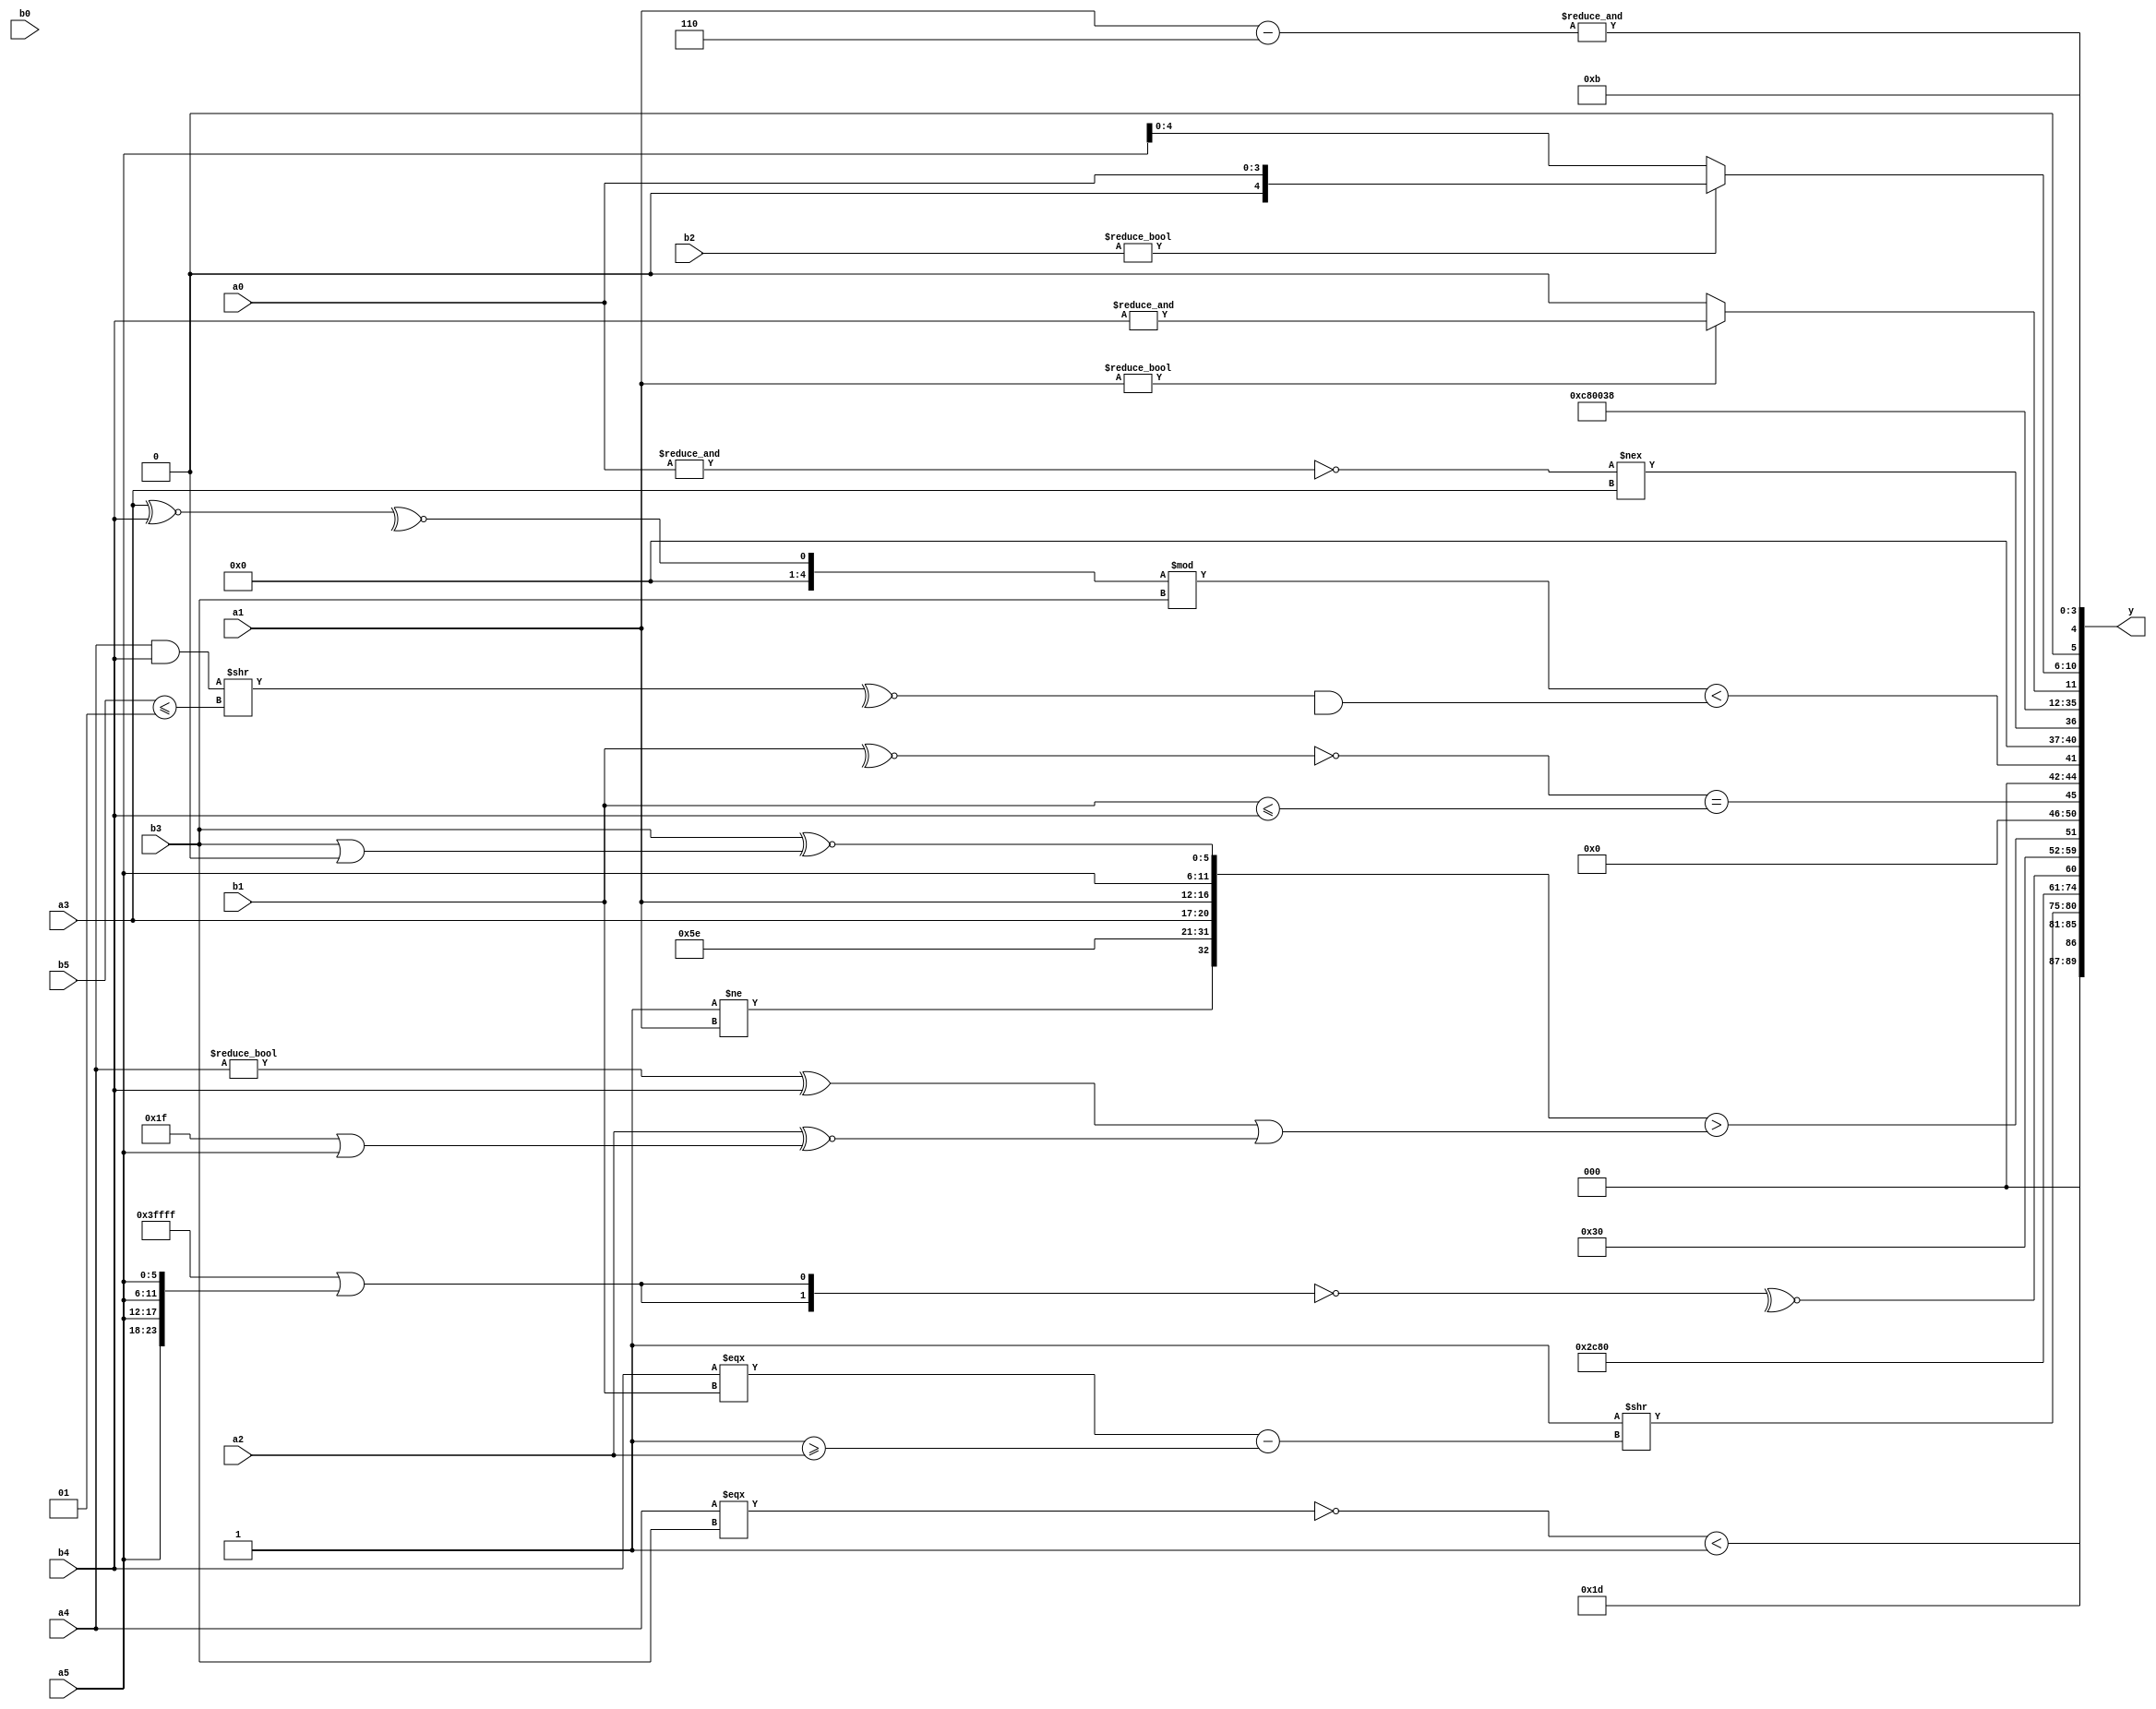
module expression_00903(a0, a1, a2, a3, a4, a5, b0, b1, b2, b3, b4, b5, y);
  input [3:0] a0;
  input [4:0] a1;
  input [5:0] a2;
  input signed [3:0] a3;
  input signed [4:0] a4;
  input signed [5:0] a5;

  input [3:0] b0;
  input [4:0] b1;
  input [5:0] b2;
  input signed [3:0] b3;
  input signed [4:0] b4;
  input signed [5:0] b5;

  wire [3:0] y0;
  wire [4:0] y1;
  wire [5:0] y2;
  wire signed [3:0] y3;
  wire signed [4:0] y4;
  wire signed [5:0] y5;
  wire [3:0] y6;
  wire [4:0] y7;
  wire [5:0] y8;
  wire signed [3:0] y9;
  wire signed [4:0] y10;
  wire signed [5:0] y11;
  wire [3:0] y12;
  wire [4:0] y13;
  wire [5:0] y14;
  wire signed [3:0] y15;
  wire signed [4:0] y16;
  wire signed [5:0] y17;

  output [89:0] y;
  assign y = {y0,y1,y2,y3,y4,y5,y6,y7,y8,y9,y10,y11,y12,y13,y14,y15,y16,y17};

  localparam [3:0] p0 = ((((3'd5)/(-2'sd0))||(~((-5'sd8)>(-3'sd2))))&&(~^(|(~|((~&(-2'sd0))<<<(^(4'sd2)))))));
  localparam [4:0] p1 = (~(~^((((2'd0)^~(-3'sd3))^((5'd26)>(5'd12)))&{4{{(4'd2)}}})));
  localparam [5:0] p2 = (((4'd6)?(3'd3):(4'd12))?((2'd3)?(4'd11):(2'sd1)):((3'sd1)?(2'sd0):(-5'sd6)));
  localparam signed [3:0] p3 = ((3'sd1)>>>(4'd13));
  localparam signed [4:0] p4 = (5'd2 * ((5'd7)&&(5'd14)));
  localparam signed [5:0] p5 = (-((((-3'sd3)?(-5'sd5):(-3'sd2))&(5'd8))?{((2'd1)!=(-4'sd5)),((5'd2)-(3'sd0))}:{((2'd2)?(-2'sd1):(2'd3)),((3'sd1)?(4'd13):(5'd20))}));
  localparam [3:0] p6 = {(5'sd12),(~(2'sd0))};
  localparam [4:0] p7 = (-((&(~((3'd4)?(2'd1):(-2'sd1))))?{{{(3'd2),(5'd3)}}}:{1{(-(|{2{(3'd7)}}))}}));
  localparam [5:0] p8 = {(3'sd0)};
  localparam signed [3:0] p9 = ((~^{(2'sd1),(3'd4),(3'd2)})^~{(-3'sd1),(4'd9)});
  localparam signed [4:0] p10 = ((((4'sd1)>>(5'd15))!==(^(|(-2'sd1))))&&(((4'd3)<=(-3'sd1))^~((2'd2)^~(-2'sd0))));
  localparam signed [5:0] p11 = (3'sd2);
  localparam [3:0] p12 = ((((5'sd6)>>>(2'd2))||((3'd7)==(5'd3)))===(((4'd0)+(-4'sd2))*((5'sd7)===(-2'sd1))));
  localparam [4:0] p13 = (3'd3);
  localparam [5:0] p14 = {4{{1{(-2'sd1)}}}};
  localparam signed [3:0] p15 = {4{((3'sd2)||(4'sd1))}};
  localparam signed [4:0] p16 = (~^(&{{(4'sd1),(-3'sd0),(2'd3)}}));
  localparam signed [5:0] p17 = (!(&(~^(-2'sd0))));

  assign y0 = ((~(a4===b3))<((p2==p5)==(p8>p15)));
  assign y1 = (-3'sd3);
  assign y2 = ((-({4{p15}}-(&(3'd2))))>>((b4===b1)-(p16>=a2)));
  assign y3 = {{1{(4'd2)}},(4'd11)};
  assign y4 = {(5'd4)};
  assign y5 = (~^(~{2{({3{p14}}||{4{a5}})}}));
  assign y6 = (2'd3);
  assign y7 = ({{(p16!=a1),{p16,p5,a3},{a1,a5}},({b3}^~(b3|p17))}>{(((p0!=a4)^(b4<<p17))|({a2}^~(p7||a5)))});
  assign y8 = ((~|(~^b1))==(b1<=b4));
  assign y9 = (((~^(a3^~b4))%b3)<((~^((a4&b4)>>(b5<=p16)))&((a1>>b1)/p3)));
  assign y10 = $unsigned((((~&(a1?a0:a0))!==$unsigned($signed($signed((a3)))))^~$signed((-(($signed(p3)^(6'd2 * p8))>=((p2<<p0)>(p1^p2)))))));
  assign y11 = (-5'sd14);
  assign y12 = (-3'sd0);
  assign y13 = (-2'sd0);
  assign y14 = (3'd7);
  assign y15 = ($unsigned(a1)?(&b4):(4'd0));
  assign y16 = {((a2==a0)<<<{a4}),(b2?a0:a5)};
  assign y17 = {(&(a1-p9)),(+(-4'sd5))};
endmodule